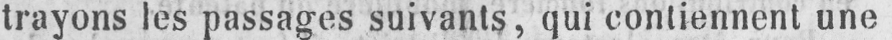
trayons les passages suivants, qui contiennent une